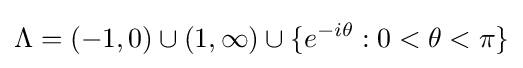
\Lambda =(-1,0)\cup (1,\infty )\cup \{e^{-i\theta }:0<\theta <\pi \}